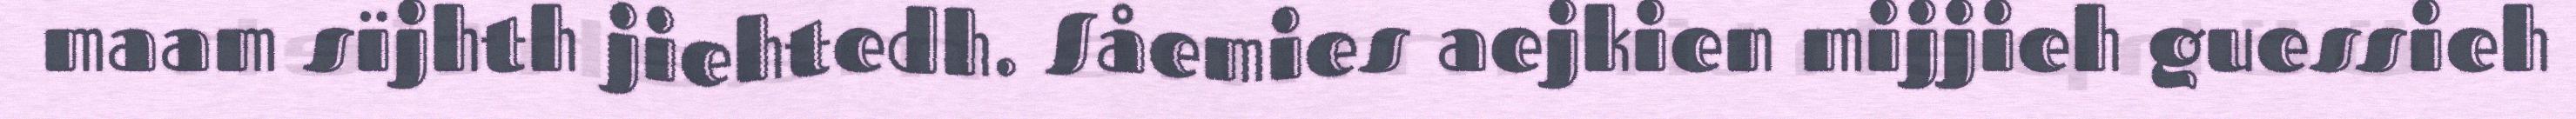
maam sïjhth jiehtedh. Såemies aejkien mijjieh guessieh